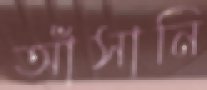
আঁসানি